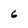
Character: 6